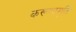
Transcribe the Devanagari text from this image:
करूणामूर्ति